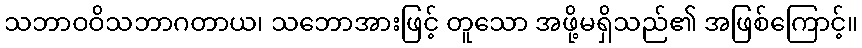
သဘာဝဝိသဘာဂတာယ၊ သဘောအားဖြင့် တူသော အဖို့မရှိသည်၏ အဖြစ်ကြောင့်။